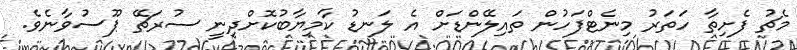
މެޗު ފެށިތާ ހަތަރު މިނެޓްފަހުން ތައިލޭންޑަށް އެ ލަނޑު ކާމިޔާބުކޮށްދިނީ ސުރަޗޭ ޕޫސުވާނެވެ.